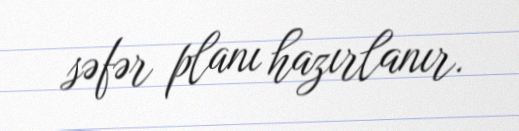
səfər planı hazırlanır.